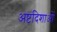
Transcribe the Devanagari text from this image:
अष्टदिशाओं